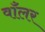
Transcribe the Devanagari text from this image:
वाँलर